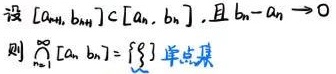
设 $[a_{n + 1},b_{n+1}]\subset [a_n,b_n]$, 且 $b_n - a_n\to 0$
则 $\bigcap_{n = 1}^{\infty}[a_n,b_n]=\{ \xi \}$ 单点集